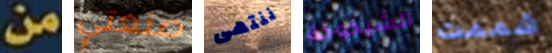
من صنعتي ننتهى الشيخوخة شممت